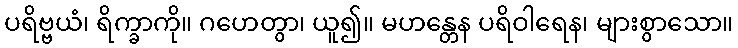
ပရိဗ္ဗယံ၊ ရိက္ခာကို။ ဂဟေတွာ၊ ယူ၍။ မဟန္တေန ပရိဝါရေန၊ များစွာသော။